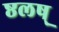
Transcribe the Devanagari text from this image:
ष्ठलष्